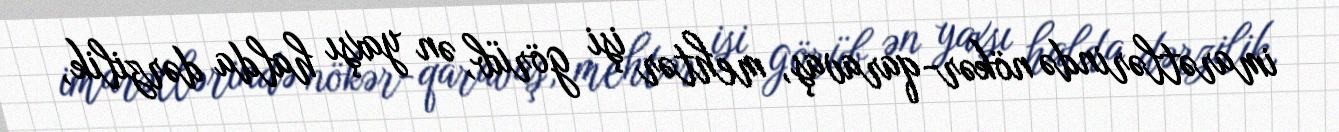
imarətlərində nökər-qaravaş, mehtər işi görüb, ən yaxşı halda dərzilik,